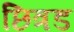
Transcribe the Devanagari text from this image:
छित्रड